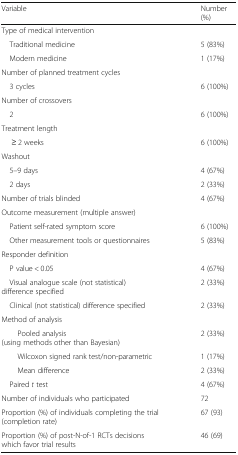
| Variable | Number (%) |
 | --- | --- |
 | <COLSPAN=2> Type of medical intervention |
 | Traditional medicine | 5 (83%) |
 | Modern medicine | 1 (17%) |
 | <COLSPAN=2> Number of planned treatment cycles |
 | 3 cycles | 6 (100%) |
 | <COLSPAN=2> Number of crossovers |
 | 2 | 6 (100%) |
 | <COLSPAN=2> Treatment length |
 | ≥ 2 weeks | 6 (100%) |
 | Washout |  |
 | 5–9 days | 4 (67%) |
 | 2 days | 2 (33%) |
 | Number of trials blinded | 4 (67%) |
 | <COLSPAN=2> Outcome measurement (multiple answer) |
 | Patient self-rated symptom score | 6 (100%) |
 | Other measurement tools or questionnaires | 5 (83%) |
 | <COLSPAN=2> Responder definition |
 | P value < 0.05 | 4 (67%) |
 | Visual analogue scale (not statistical) difference specified | 2 (33%) |
 | Clinical (not statistical) difference specified | 2 (33%) |
 | <COLSPAN=2> Method of analysis |
 | Pooled analysis (using methods other than Bayesian) | 2 (33%) |
 | Wilcoxon signed rank test/non-parametric | 1 (17%) |
 | Mean difference | 2 (33%) |
 | Paired t test | 4 (67%) |
 | Number of individuals who participated | 72 |
 | Proportion (%) of individuals completing the trial (completion rate) | 67 (93) |
 | Proportion (%) of post-N-of-1 RCTs decisions which favor trial results | 46 (69) |